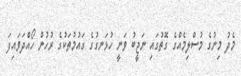
މެދު މިނުގެ މުސްލިމެއްގެ ގޮތުގައި ނަޖީބު ވަނީ ހުޅަނގުގެ ގައުމުތަކުގެ ރުހުން ހޯއްދަވައިފަ